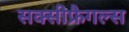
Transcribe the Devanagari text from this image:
सक्सीफ्रैगल्स